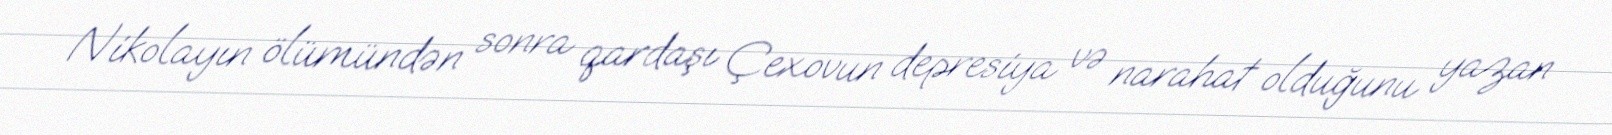
Nikolayın ölümündən sonra qardaşı Çexovun depresiya və narahat olduğunu yazan